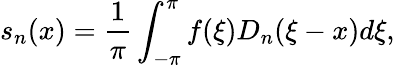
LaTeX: s_{n}(x)=\frac{1}{\pi}\int_{-\pi}^{\pi}f(\xi)D_{n}(\xi-x)d\xi,